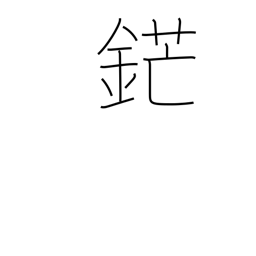
Meaning: sword point